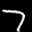
Label: 7